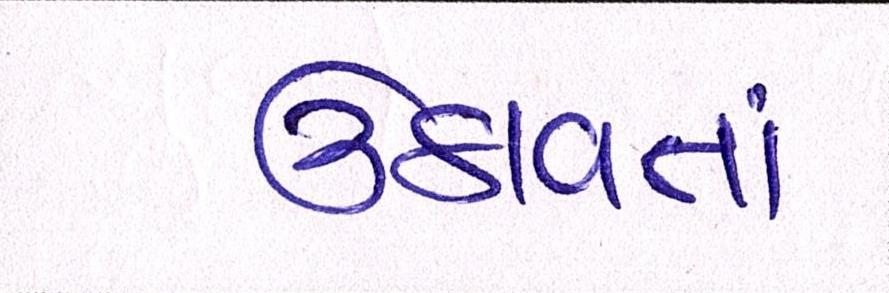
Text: ઉઠાવતાં